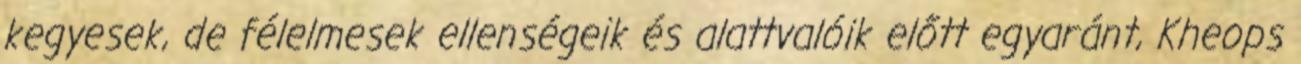
kegyesek, de félelmesek ellenségeik és alattvalóik előtt egyaránt, Kheops